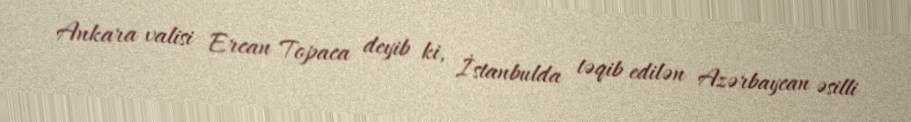
Ankara valisi Ercan Topaca deyib ki, İstanbulda təqib edilən Azərbaycan əsilli